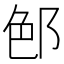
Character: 𨛉